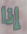
إذا